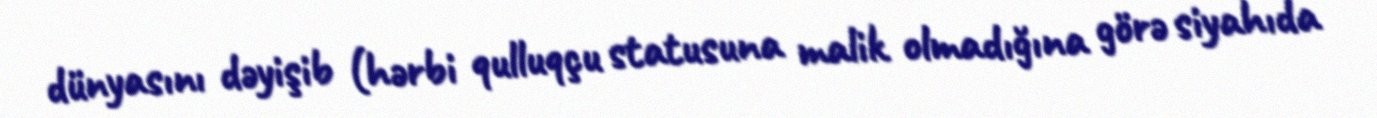
dünyasını dəyişib (hərbi qulluqçu statusuna malik olmadığına görə siyahıda